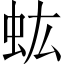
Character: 𧈽